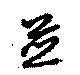
並